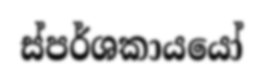
ස්පර්ශකායයෝ